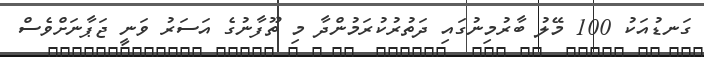
ގަނޑުއަކު 100 މޭލު ބާރުމިނުގައި ދަތުރުކުރަމުންދާ މި ތޫފާނުގެ އަސަރު ވަނީ ޖަޕާނަށްވެސް